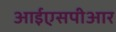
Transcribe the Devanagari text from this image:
आईएसपीआर